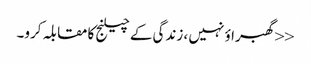
<<گھبراؤ نہیں ، زندگی کے چیلنج کا مقابلہ کرو۔